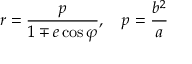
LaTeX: r = { \frac { p } { 1 \mp e \cos \varphi } } , \quad p = { \frac { b ^ { 2 } } { a } }